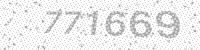
Solution: 771669